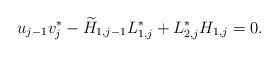
LaTeX: \begin{align*} u_{j-1} v_j^* - \widetilde H_{1,j-1}L_{1,j}^* +L_{2,j}^*H_{1,j} = 0. \end{align*}